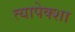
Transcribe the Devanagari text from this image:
त्यापेक्शा